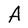
Character: A